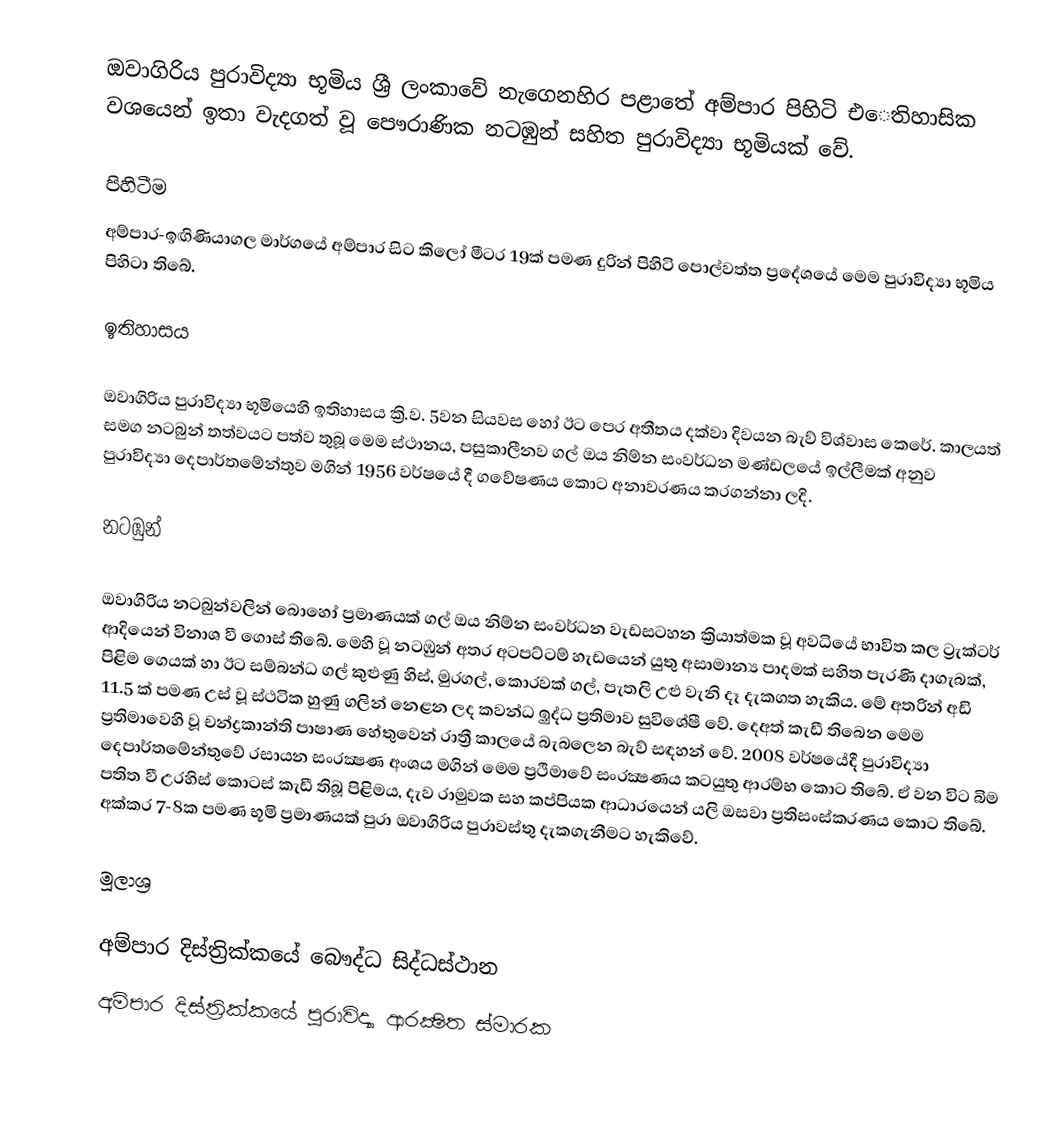
ඔවාගිරිය පුරාවිද්‍යා භූමිය ශ්‍රී ලංකාවේ නැගෙනහිර පළාතේ අම්පාර පිහිටි එෙතිහාසික වශයෙන් ඉතා වැදගත් වූ පෞරාණික නටඹුන් සහිත පුරාවිද්‍යා භූමියක් වේ.

පිහිටීම
අම්පාර-ඉඟිණියාගල මාර්ගයේ අම්පාර සිට කිලෝ මීටර 19ක් පමණ දුරින් පිහිටි පොල්වත්ත ප්‍රදේශයේ මෙම පුරාවිද්‍යා භූමිය පිහිටා තිබේ.

ඉතිහාසය

ඔවාගිරිය පුරාවිද්‍යා භූමියෙහි ඉතිහාසය ක්‍රි.ව. 5වන සියවස හෝ ඊට පෙර අතීතය දක්වා දිවයන බැව් විශ්වාස කෙරේ. කාලයත් සමග නටබුන් තත්වයට පත්ව තුබූ මෙම ස්ථානය, පසුකාලීනව ගල් ඔය නිම්න සංවර්ධන මණ්ඩලයේ ඉල්ලීමක් අනුව පුරාවිද්‍යා දෙපාර්තමේන්තුව මගින් 1956 වර්ෂයේ දී ගවේෂණය කොට අනාවරණය කරගන්නා ලදි.

නටඹුන්

ඔවාගිරිය නටබුන්වලින් බොහෝ ප්‍රමාණයක් ගල් ඔය නිම්න සංවර්ධන වැඩසටහන ක්‍රියාත්මක වූ අවධියේ භාවිත කල ට්‍රැක්ටර් ආදියෙන් විනාශ වී ගොස් තිබේ. මෙහි වූ නටඹුන් අතර අටපට්ටම් හැඩයෙන් යුතු අසාමාන්‍ය පාදමක් සහිත පැරණි දාගැබක්, පිළිම ගෙයක් හා ඊට සම්බන්ධ ගල් කුළුණු හිස්, මුරගල්, කොරවක් ගල්, පැතලි උළු වැනි දෑ දැකගත හැකිය. මේ අතරින් අඩි 11.5 ක් පමණ උස් වූ ස්ථටික හුණු ගලින් නෙළන ලද කවන්ධ ඉුද්ධ ප්‍රතිමාව සුවිශේෂී වේ. දෙඅත් කැඩී තිබෙන මෙම ප්‍රතිමාවෙහි වූ චන්ද්‍රකාන්ති පාෂාණ හේතුවෙන් රාත්‍රී කාලයේ බැබලෙන බැව් සඳහන් වේ. 2008 වර්ෂයේදී පුරාවිද්‍යා දෙපාර්තමේන්තුවේ රසායන සංරක්‍ෂණ අංශය මගින් මෙම ප්‍රථිමාවේ සංරක්‍ෂණය කටයුතු ආරම්භ කොට තිබේ. ඒ වන විට බිම පතිත වී උරහිස් කොටස් කැඩී තිබූ පිළිමය, දැව රාමුවක සහ කප්පියක ආධාරයෙන් යලි ඔසවා ප්‍රතිසංස්කරණය කොට තිබේ. අක්කර 7-8ක පමණ භූමි ප්‍රමාණයක් පුරා ඔවාගිරිය පුරාවස්තු දැකගැනීමට හැකිවේ.

මූලාශ්‍ර

අම්පාර දිස්ත්‍රික්කයේ බෞද්ධ සිද්ධස්ථාන‎
අම්පාර දිස්ත්‍රික්කයේ පුරාවිද්‍යා ආරක්‍ෂිත ස්මාරක‎